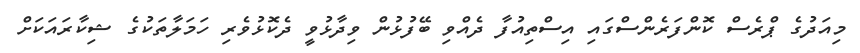
މިއަދުގެ ޕްރެސް ކޮންފަރެންސްގައި އިސްތިއުފާ ދެއްވި ބޭފުޅުން ވިދާޅުވީ ދެކޮޅުވެރި ހަމަލާތަކުގެ ޝިކާރައަކަށް